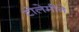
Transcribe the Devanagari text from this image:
टोलेमीने